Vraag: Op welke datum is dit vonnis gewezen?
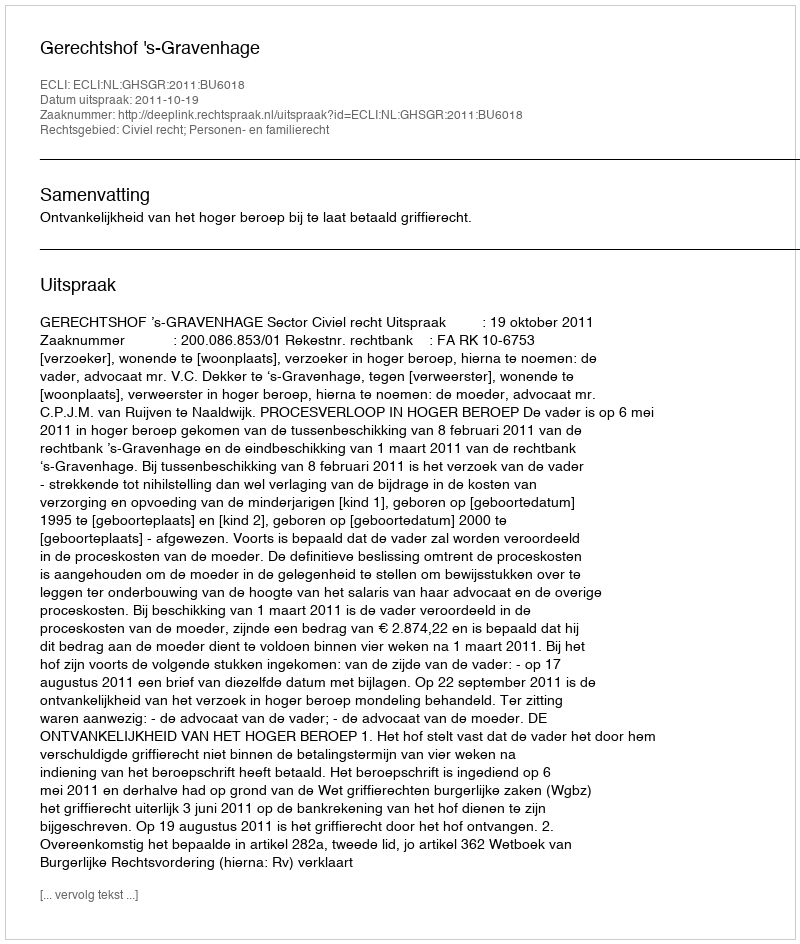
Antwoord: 2011-10-19